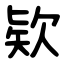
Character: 欵